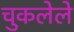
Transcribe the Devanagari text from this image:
चुकलेले